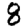
Digit: 8